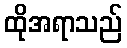
ထိုအရာသည်